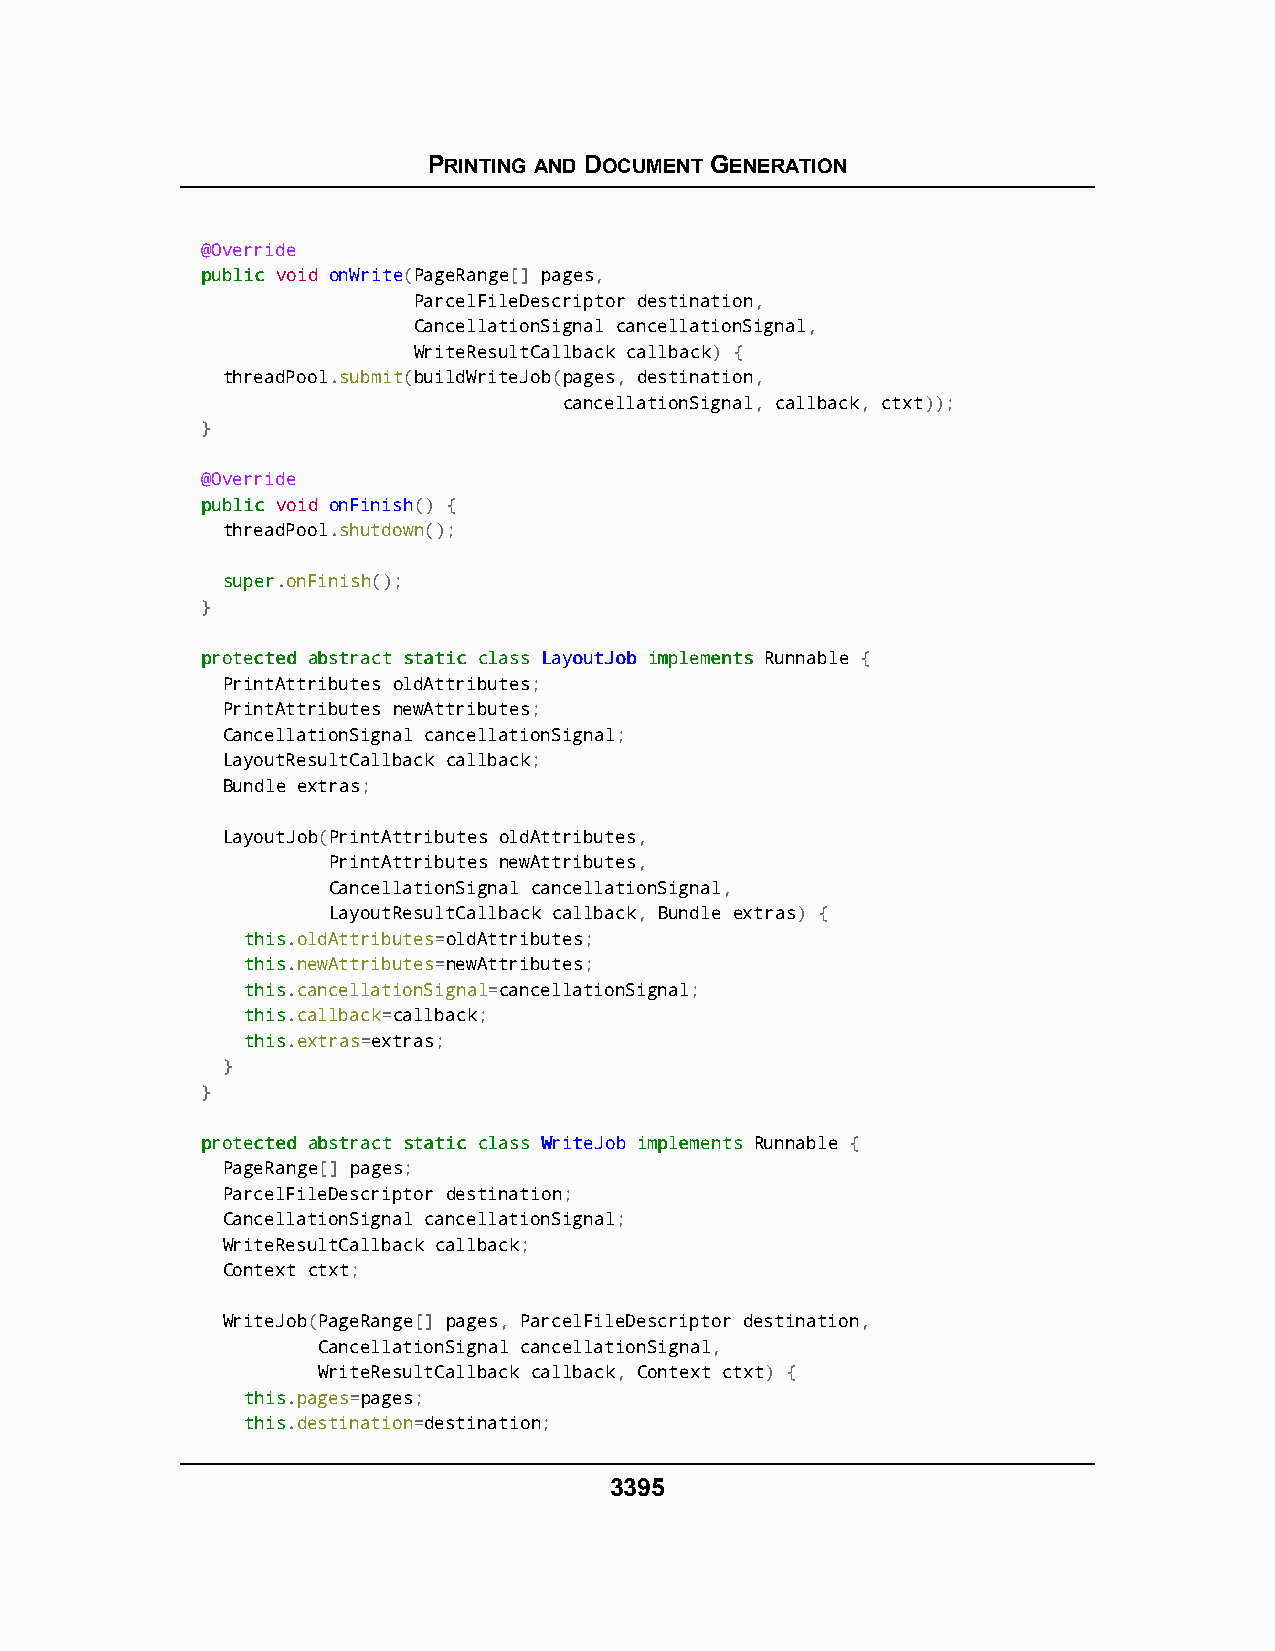
PRINTING AND DOCUMENT GENERATION
 @Override
 ppuubblliicc void onWrite(PageRange[] pages,
 ParcelFileDescriptor destination,
 CancellationSignal cancellationSignal,
 WriteResultCallback callback) {
 threadPool.submit(buildWriteJob(pages, destination,
 cancellationSignal, callback, ctxt));
 }
 @Override
 ppuubblliicc void onFinish() {
 threadPool.shutdown();
 ssuuppeerr.onFinish();
 }
 pprrootteecctteedd aabbssttrraacctt ssttaattiicc ccllaassss LLaayyoouuttJJoobb iimmpplleemmeennttss Runnable {
 PrintAttributes oldAttributes;
 PrintAttributes newAttributes;
 CancellationSignal cancellationSignal;
 LayoutResultCallback callback;
 Bundle extras;
 LayoutJob(PrintAttributes oldAttributes,
 PrintAttributes newAttributes,
 CancellationSignal cancellationSignal,
 LayoutResultCallback callback, Bundle extras) {
 tthhiiss.oldAttributes=oldAttributes;
 tthhiiss.newAttributes=newAttributes;
 tthhiiss.cancellationSignal=cancellationSignal;
 tthhiiss.callback=callback;
 tthhiiss.extras=extras;
 }
 }
 pprrootteecctteedd aabbssttrraacctt ssttaattiicc ccllaassss WWrriitteeJJoobb iimmpplleemmeennttss Runnable {
 PageRange[] pages;
 ParcelFileDescriptor destination;
 CancellationSignal cancellationSignal;
 WriteResultCallback callback;
 Context ctxt;
 WriteJob(PageRange[] pages, ParcelFileDescriptor destination,
 CancellationSignal cancellationSignal,
 WriteResultCallback callback, Context ctxt) {
 tthhiiss.pages=pages;
 tthhiiss.destination=destination;
 3395